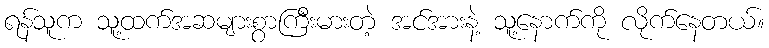
ရန်သူက သူ့ထက်အဆများစွာကြီးမားတဲ့ အင်အားနဲ့ သူ့နောက်ကို လိုက်နေတယ်။